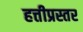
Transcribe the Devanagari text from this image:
हत्तीप्रस्तर